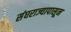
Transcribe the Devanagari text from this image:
संघराज्यापासून